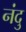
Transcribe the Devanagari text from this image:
नंदु